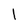
Character: l